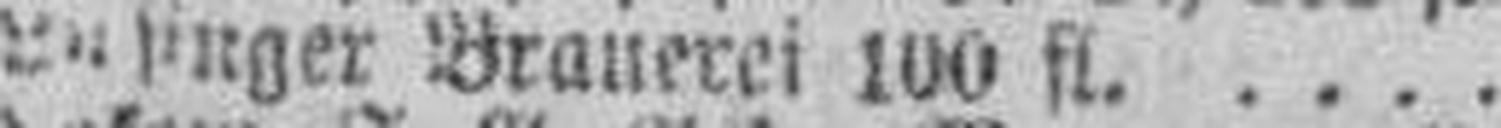
Lusinger Brauerei 100 fl.